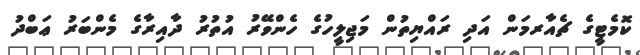
ކޮމެޓީގެ ޗެއާރމަން އަދި ރައްޔިތުން މަޖިލީހުގެ ހެންވޭރު އުތުރު ދާއިރާގެ މެންބަރު ޢަބްދު